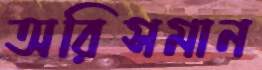
অরিসমান